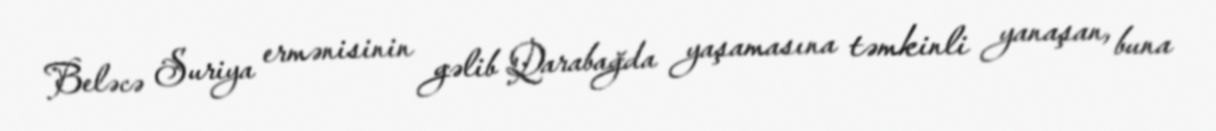
Beləcə Suriya ermənisinin gəlib Qarabağda yaşamasına təmkinli yanaşan, buna